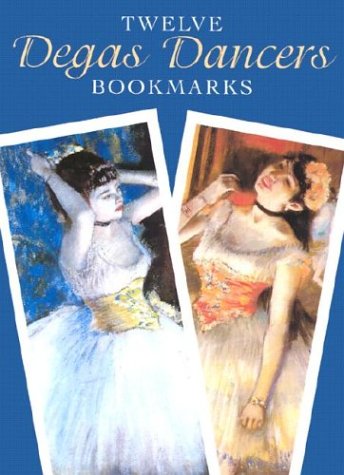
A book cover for Twelve Degas Dancers Bookmarks (Dover Bookmarks); Edgar Degas; Arts & Photography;